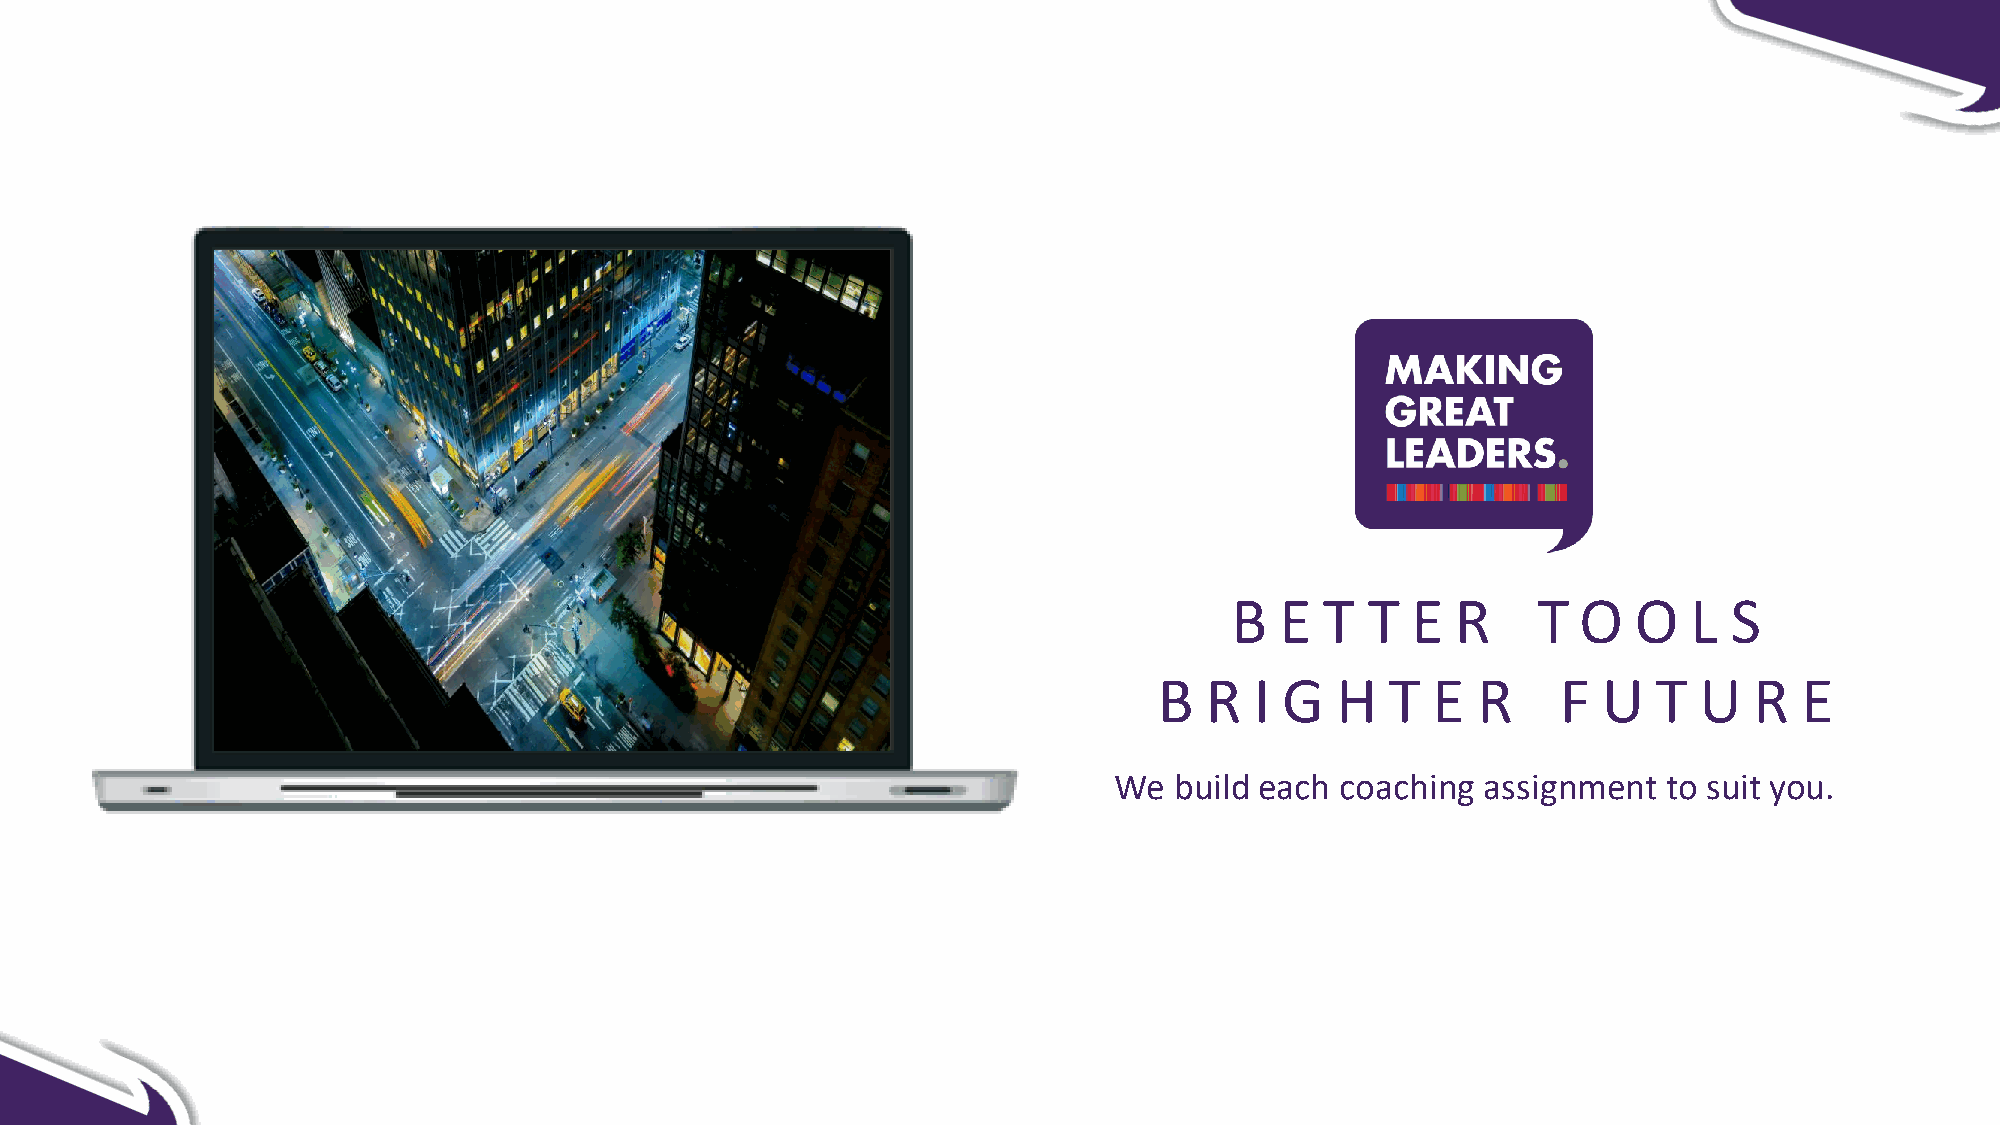
B   E  T  T E  R     T  O  O   L  S
 B  R  I G  H   T  E  R    F  U   T U   R  E
 We  build each coaching assignment  to suit you.